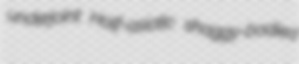
underjoint Half-asiatic shaggy-bodied